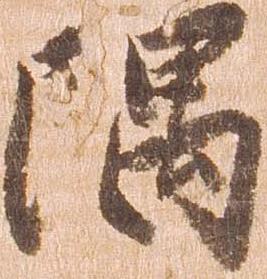
隅